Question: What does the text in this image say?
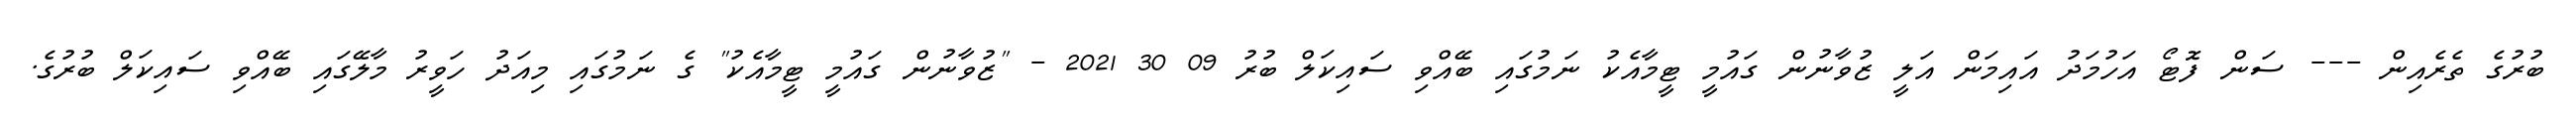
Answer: ބުރުގެ ތެރެއިން --- ސަން ފޮޓޯ އަހުމަދު އައިމަން އަލީ ޒުވާނުން ގައުމީ ޓީމާއެކު ނަމުގައި ބޭއްވި ސައިކަލް ބުރު 09 30 2021 - "ޒުވާނުން ގައުމީ ޓީމާއެކު" ގެ ނަމުގައި މިއަދު ހަވީރު މާލޭގައި ބޭއްވި ސައިކަލް ބުރުގެ.